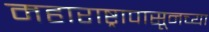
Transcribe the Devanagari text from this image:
महाराष्ट्रापासूनच्या